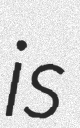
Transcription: is